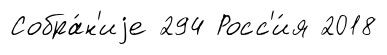
Собра́н'иjе 294 Росс'и́я 2018